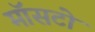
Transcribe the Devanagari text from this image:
मॉसटो